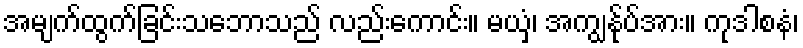
အမျက်ထွက်ခြင်းသဘောသည် လည်းကောင်း။ မယှံ၊ အကျွန်ုပ်အား။ ကုဒါစနံ၊